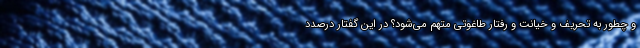
و چطور به تحریف و خیانت و رفتار طاغوتی متهم می‌شود؟ در این گفتار درصدد